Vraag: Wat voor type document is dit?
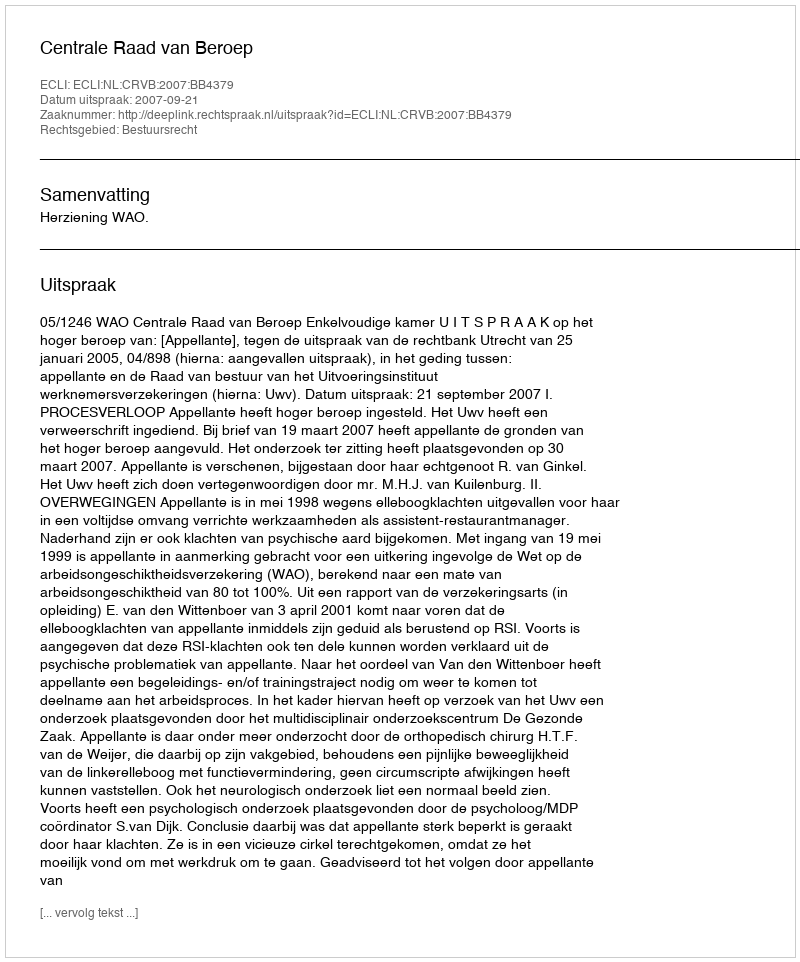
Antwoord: Uitspraak